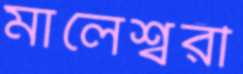
মালেশ্বরী